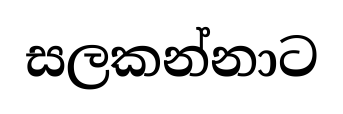
සලකන්නාට